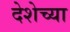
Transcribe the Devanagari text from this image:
देशेच्या